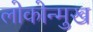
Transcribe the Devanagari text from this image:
लोकोन्मुख